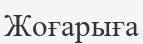
Жоғарыға